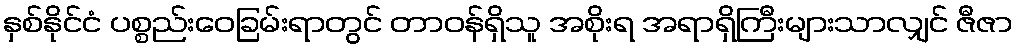
နှစ်နိုင်ငံ ပစ္စည်းဝေခြမ်းရာတွင် တာဝန်ရှိသူ အစိုးရ အရာရှိကြီးများသာလျှင် ဇီဇာ